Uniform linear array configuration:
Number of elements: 64
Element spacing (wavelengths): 0.5
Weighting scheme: uniform
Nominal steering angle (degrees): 0
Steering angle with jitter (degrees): -1.415
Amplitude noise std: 0.05
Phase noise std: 0.05

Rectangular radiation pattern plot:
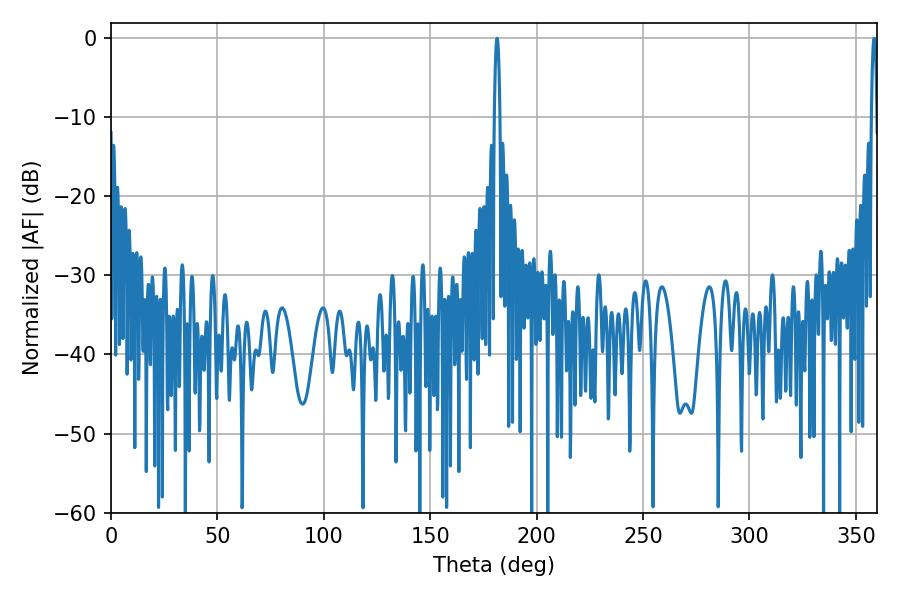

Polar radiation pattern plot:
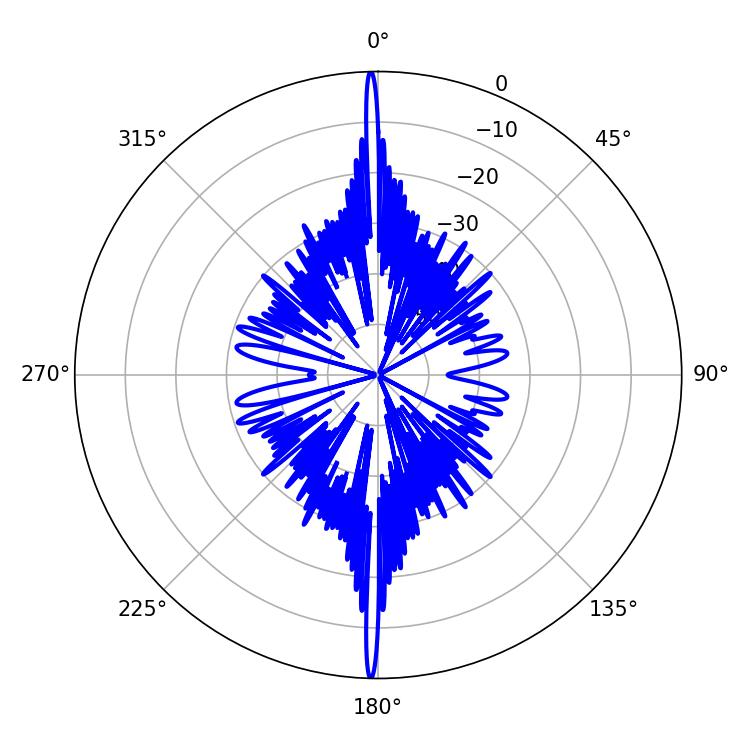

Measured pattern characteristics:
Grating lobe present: FALSE
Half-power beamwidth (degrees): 1.44
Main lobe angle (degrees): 358.56